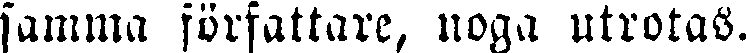
samma författare, noga utrotas.